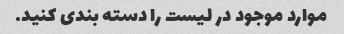
موارد موجود در لیست را دسته بندی کنید.